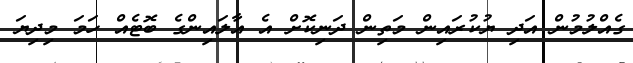
ގެއްލުމުން އަދި ޔުކުރައިން މަތިން ދަނިކޮށް އެ އާލައިންގެ ބޮޓެއް ހަމަ މިދިޔަ